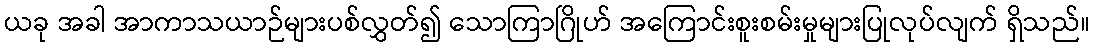
ယခု အခါ အာကာသယာဉ်များပစ်လွှတ်၍ သောကြာဂြိုဟ် အကြောင်းစူးစမ်းမှုများပြုလုပ်လျက် ရှိသည်။